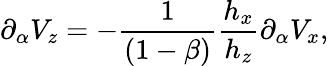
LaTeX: \partial_{\alpha}V_{z}=-\frac{1}{(1-\beta)}\frac{h_{x}}{h_{z}}\partial_{\alpha}V_{x},